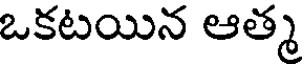
ఒకటయిన ఆత్మ